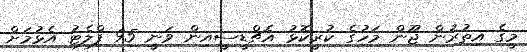
މީގެ އިތުރުން ޖޫން މަހުގެ ކުރީކޮޅު އެޗްޑީސީއިން ވަނީ 95 ފްލެޓު އެޅުމަށް